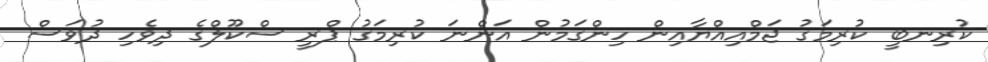
ކުރިނބީ ކުރިމަގު ޖަމްއިއްޔާއިން ހިންގަމުން އަންނަ ކުރިމަގު ޕްރީ ސްކޫލްގެ ދިވެހި ދުވަސް